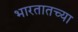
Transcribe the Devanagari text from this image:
भारतातच्या